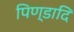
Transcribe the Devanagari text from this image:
पिण्डादि